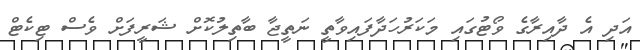
އަދި އެ ދާއިރާގެ ވޯޓުގައި މަކަރުހަދާފައިވާތީ ނަތީޖާ ބާތިލުކޮށް ޝަރީފަށް ވެސް ޓިކެޓް